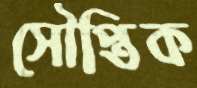
সৌপ্তিক